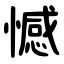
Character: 憾